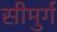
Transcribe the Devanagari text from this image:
सीमुर्ग